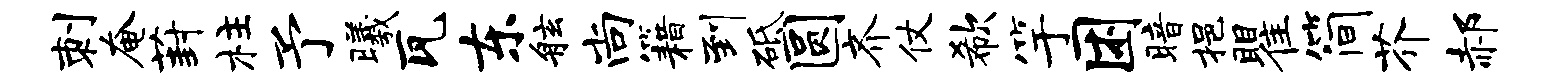
刺奄葑柱予曦瓦东舷尚籍到砥圆齐仗欷竽困暗挹瞿简芥郝